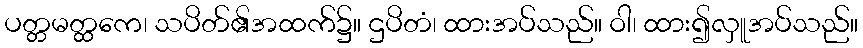
ပတ္တမတ္ထကေ၊ သပိတ်၏အထက်၌။ ဌပိတံ၊ ထားအပ်သည်။ ဝါ၊ ထား၍လှူအပ်သည်။